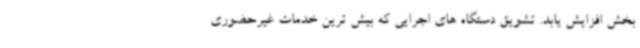
بخش افزایش یابد. تشویق دستگاه های اجرایی که بیش ترین خدمات غیرحضوری